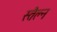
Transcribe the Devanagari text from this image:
स्तैल्न